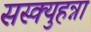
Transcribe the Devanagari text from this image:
सस्क्युहन्ना